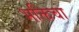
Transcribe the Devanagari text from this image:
भक्तिचा